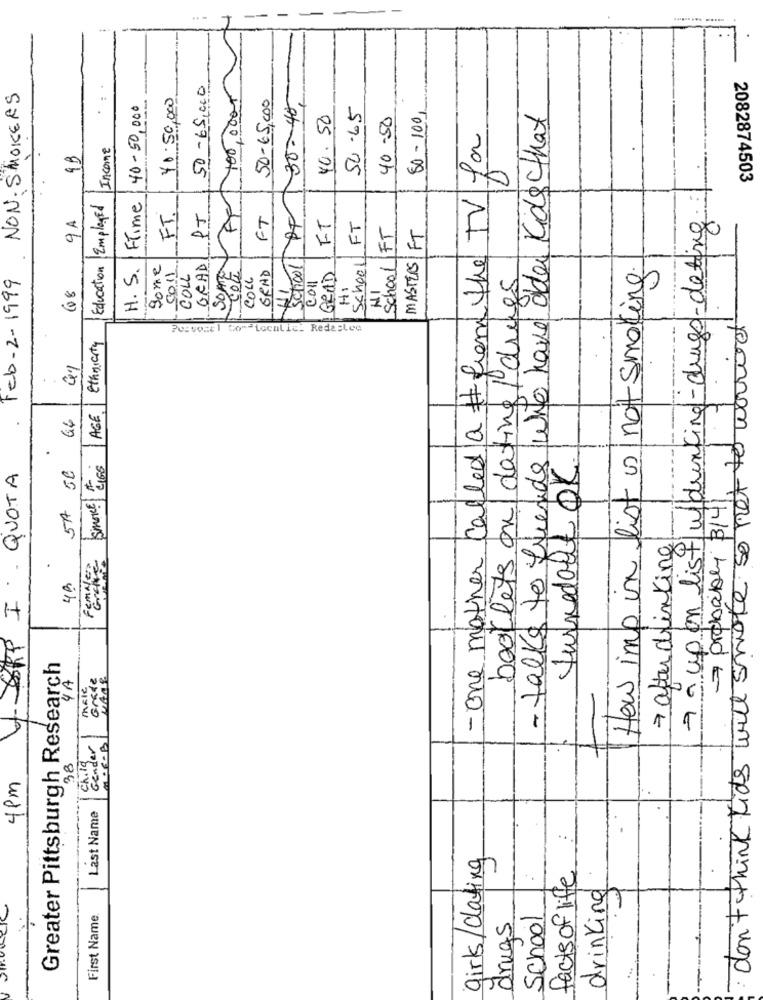
......... .....
50-65,000
100,000-
30-40-
NON SMOKERS
40.50,000
50-65,000
40-50,000
50.65
- talks to friends who have olden Kids that
40.50
40-50
50-100
-One mother called a # from the TV for
Income
7 a up on list w/drinking-drugs-deting
2082874503
Education Employed
FTime
School OF
FT.
PT
FT
9A
FT
FT
MASTERS| FT
FT
School
H. S.
Some
GRAD
Schoe
How imp in list is not smoking
Feb-2-1999
0011
COLL
SOME
COLL
GRAD
GRAD
booklets on dating drugs
Q8
HI
Coll
HI
don't think tids will smoke so not to worried
Ethnicity
Pcsvosel Comiccalic. Redaalco
66
AGE
turnedout OK.
5A 50
SMORE LIES
SRP I QUOTA
7 probably 3/41
7 after drinking
4h
Greater Pittsburgh Research
Grade
4A
Gender
Ch.19
38
4pm
Last Name
**.
girls/dating
facts of life
drinking
First Name
drugs
School